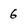
Character: 6